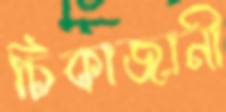
চিকাজানী